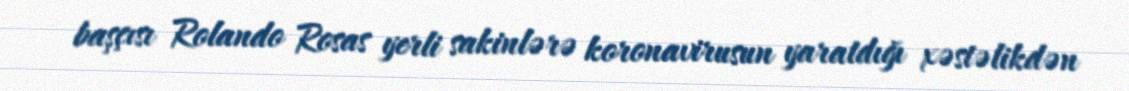
başçısı Rolando Rosas yerli sakinlərə koronavirusun yaratdığı xəstəlikdən